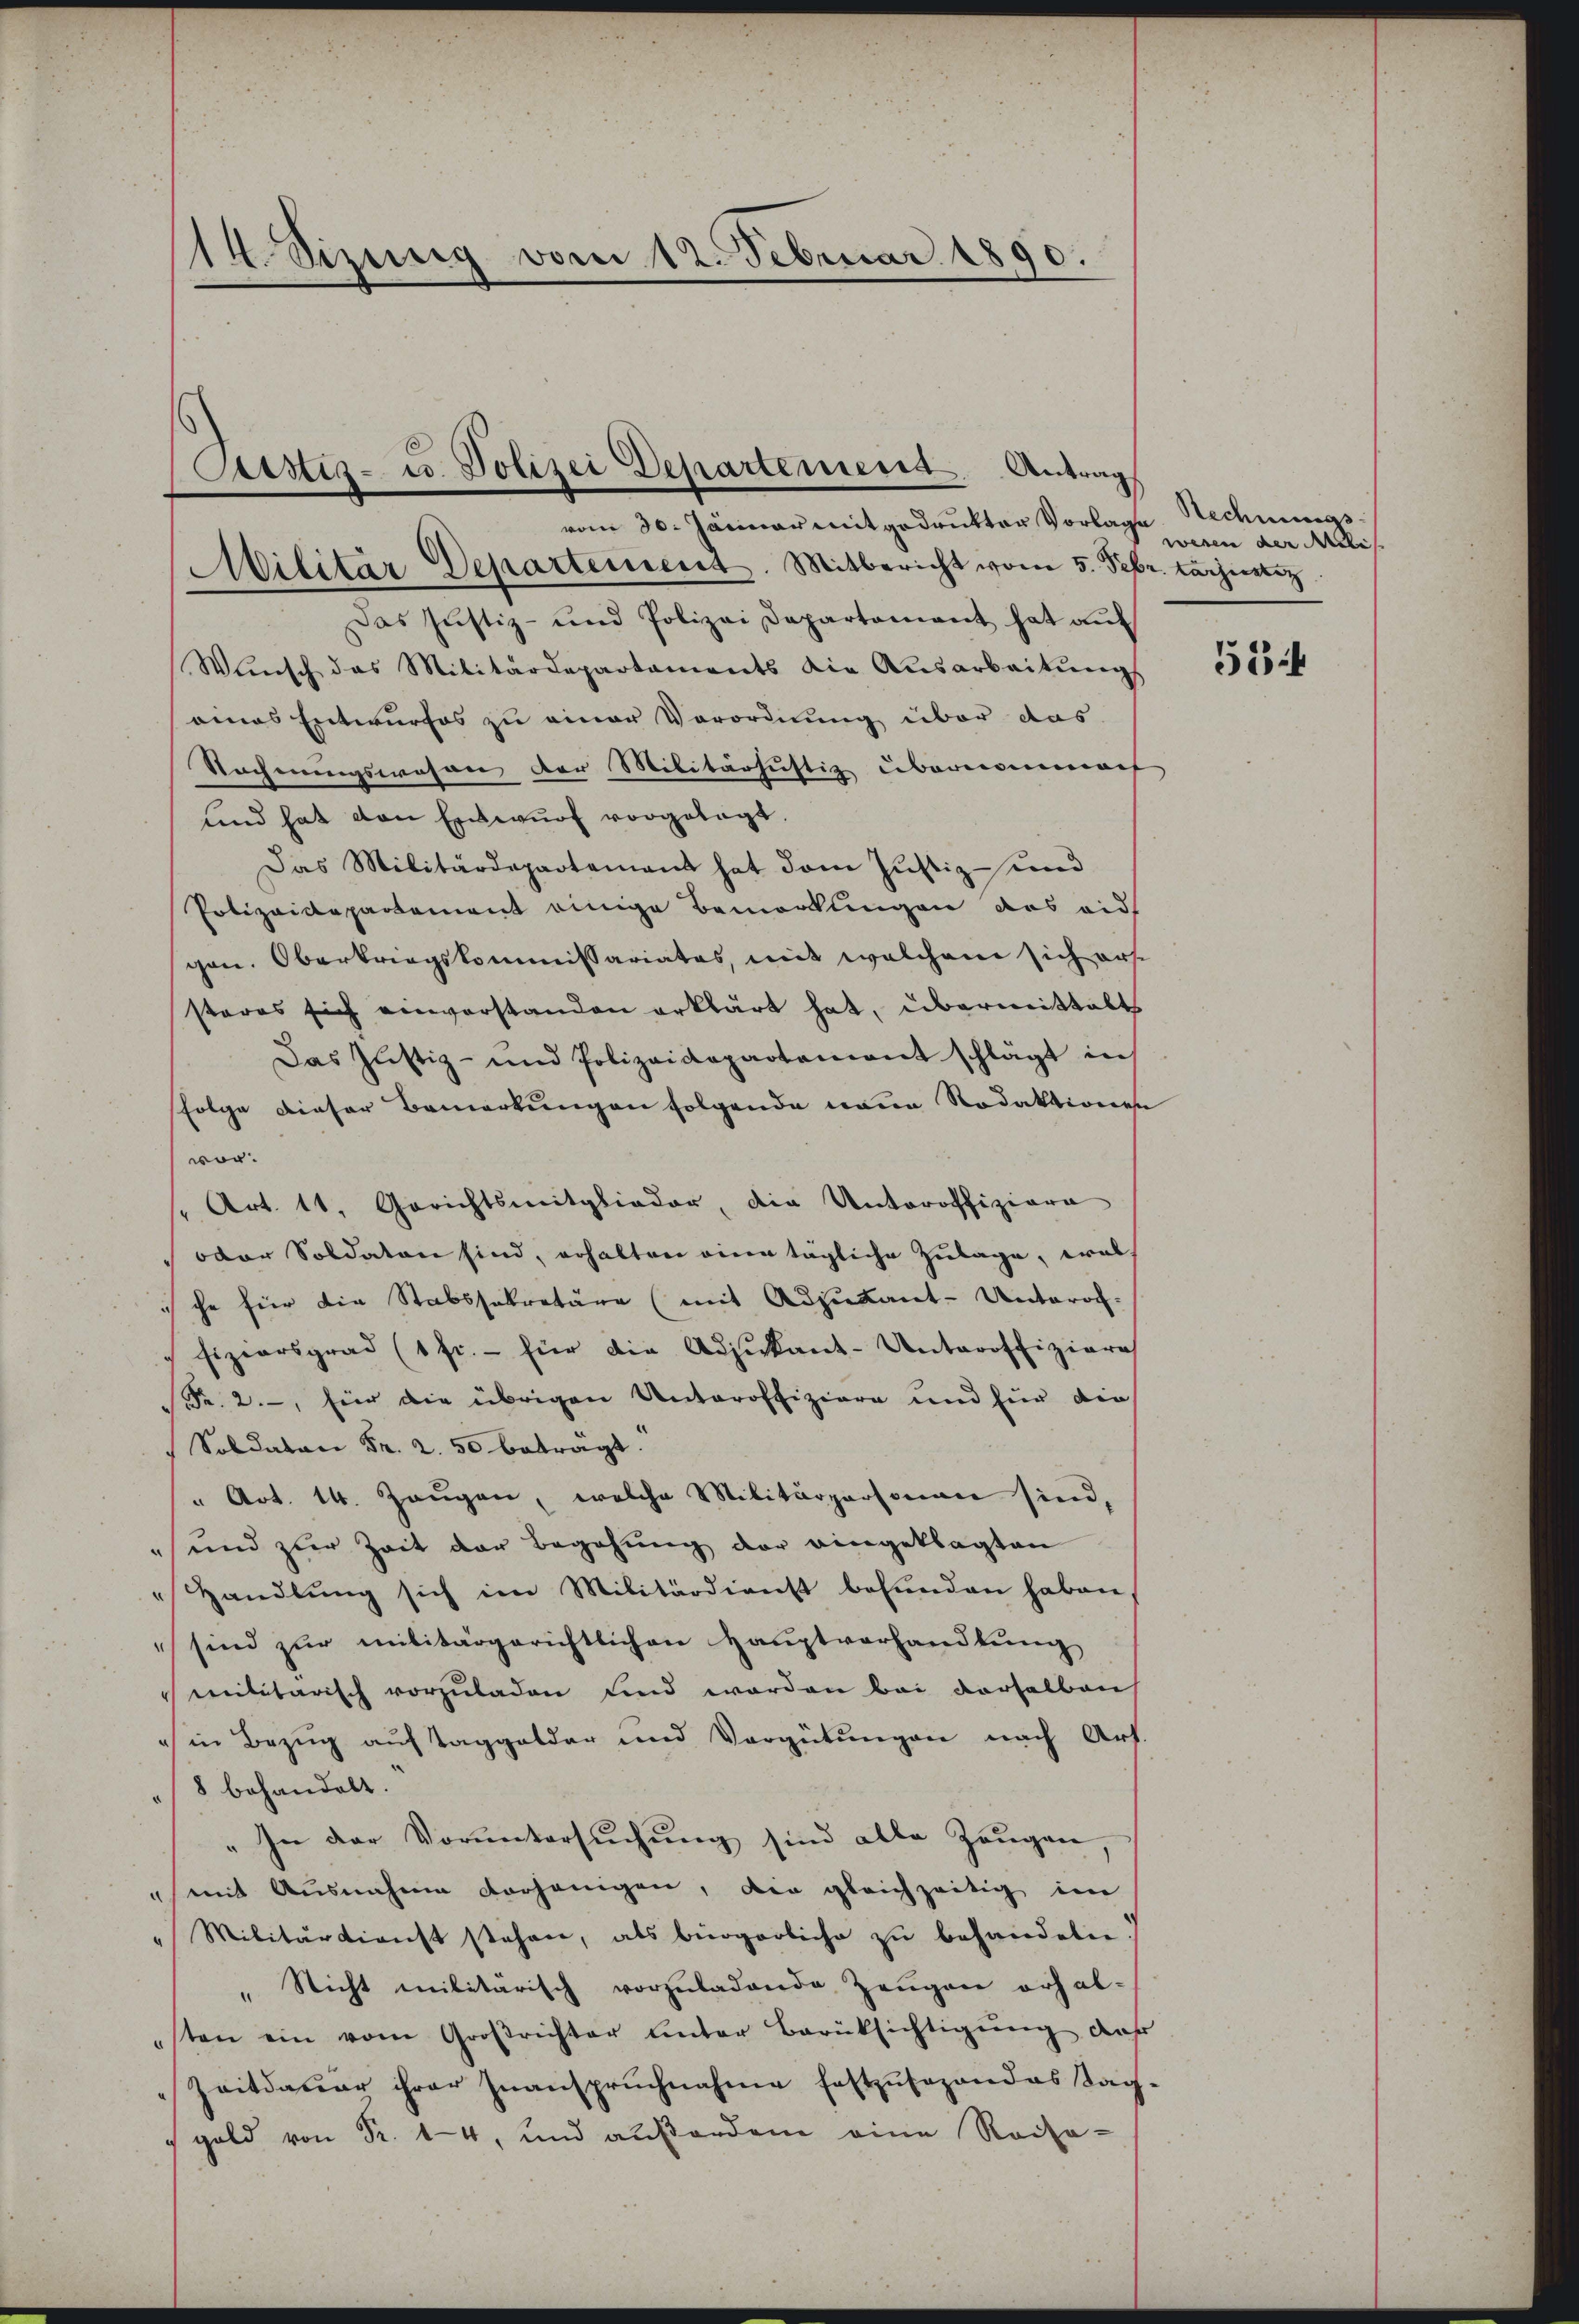
14. Sizung vom 12. Februar 1890.

Custiz- u. Polizei Departement. Antrag
vom 30. Jänner mitgedrukter Vorlage Rechnungs-
Militär Departement. Mitbericht vom 5. Febr. tarjustiz

Das Justiz- und Polizei Departement hat aŭf
Wünsch das Militärdepartaments die Ausarbeitŭngs
eines Entwurfes zu einer Vorordnung über das
Rechnungswesen der Militärsustiz übernommen
und hat den Einwŭrf vorgelegt,
Das Militärdepartement hat dem Justiz- und
Polizeidepartement einige Bemerkungen das eid
gen. Oberkriegskommissariates, mit welchem sich erst
steres sich einverstanden erklärt hat, übermittalt
Das Justiz- und Polizeidepartement schlägt in
folge dieser Bemerkungen folgende wann Rodaktionen
wor.
 Art. 11. Gerichtsmitglieder, die Unteroffiziara
oder Soldaten sind, erhalten eine tägliche Zulage, was
che für die Stabssekretäre (mit Adjutant-Unterof-
fiziersgrad (1 fr. - für die Adjukant-Unteroffiziere
Fr. 2., für die übrigen Unteroffiziere und für die
Soldaten Fr. 2. 50 beträgt.
" Art. 14. Zeugen, welche Militärpersonen sind,
" und zur Zeit der Begehung der eingeklagten
Handlŭng sich im Militärdienst befŭnden haben
sind zur militärgerichtlichen Hauptvorhandlung
militarisch vorzuladen und worden bei derselben
 in Bezug auf Taggelder und Vergütungen nach Art.
8 behandelt.
„In der Voruntersuchung sind alle Zeugen,
mit Ausnahme vorhänigen, die gleichzeitig im
"Militärdienst stehen, als bürgerliche zŭ behandeln.
„Nicht militärisch vorzuladende Zeugen erhal-
sten ein vom Großrichter unter Berüksichtigŭng des
Zeitdauer ihrer Inanspruchnahme festzŭsagandas Sag
 gold von Fr. 14, und außerden eine Recha¬

wesen der Meli

534